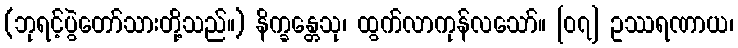
(ဘုရင့်ပွဲတော်သားတို့သည်။) နိက္ခန္တေသု၊ ထွက်လာကုန်လသော်။ [၀၇] ဥဿရဏာယ၊